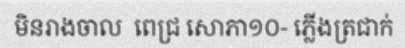
មិនរាងចាល  ពេជ្រ សោភា១០- ភ្លើងត្រជាក់